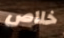
خلاص